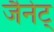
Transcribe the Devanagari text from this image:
जैनेट्